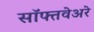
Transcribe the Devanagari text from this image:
सॉफ्तवेअरे